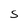
Character: S